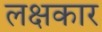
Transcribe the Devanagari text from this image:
लक्षकार